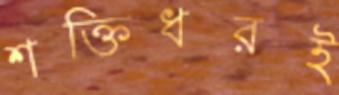
শক্তিধরই